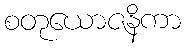
စတုယောဇနိကာ